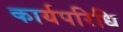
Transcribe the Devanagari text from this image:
कार्यपरिधि